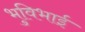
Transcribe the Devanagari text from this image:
भुविभाई